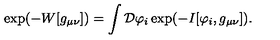
\exp ( - W [ g _ { \mu \nu } ] ) = \int { \cal D } \varphi _ { i } \exp ( - I [ \varphi _ { i } , g _ { \mu \nu } ] ) .